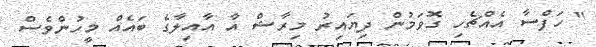
" ހަފްސާ އެއްޗެހި ގޮވަމުން ދިޔައިރު މިރާޝް އާ އާއިލާގެ ބައެއް މީހުންވެސް